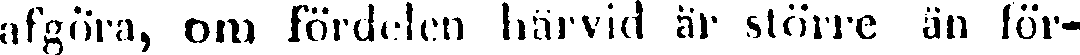
afgöra, om fördelen härvid är större än för-